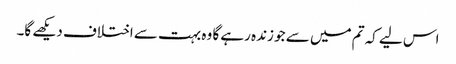
اس لیے کہ تم میں سے جو زندہ رہے گا وہ بہت سے اختلاف دیکھے گا۔